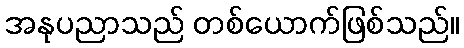
အနုပညာသည် တစ်ယောက်ဖြစ်သည်။